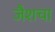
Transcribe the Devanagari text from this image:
जैशचा